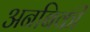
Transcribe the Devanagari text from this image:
अनबिकी